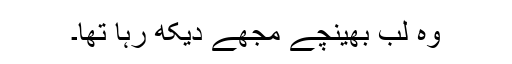
وہ لب بھینچے مجھے دیکھ رہا تھا۔